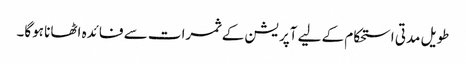
طویل مدتی استحکام کے لیے آپریشن کے ثمرات سے فائدہ اٹھانا ہوگا۔